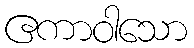
ဧကာဝါသော